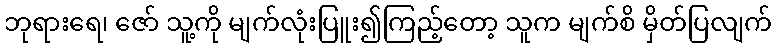
ဘုရားရေ၊ ဇော် သူ့ကို မျက်လုံးပြူး၍ကြည့်တော့ သူက မျက်စိ မှိတ်ပြလျက်